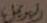
الهويمل